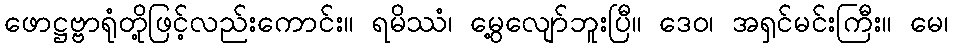
ဖောဋ္ဌဗ္ဗာရုံတို့ဖြင့်လည်းကောင်း။ ရမိဿံ၊ မွေ့လျော်ဘူးပြီ။ ဒေဝ၊ အရှင်မင်းကြီး။ မေ၊